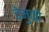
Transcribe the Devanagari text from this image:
टेमुको